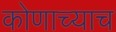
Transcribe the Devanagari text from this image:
कोणाच्याच